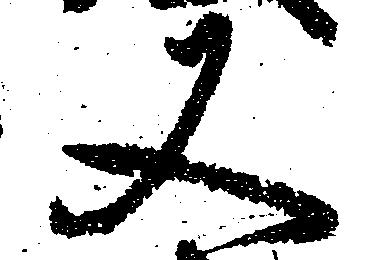
又